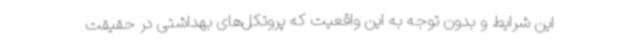
این شرایط و بدون توجه به این واقعیت که پروتکل‌های بهداشتی در حقیقت